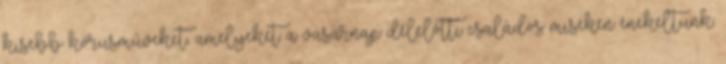
kisebb kórusműveket, amelyeket a vasárnap délelőtti családos miséken énekeltünk.